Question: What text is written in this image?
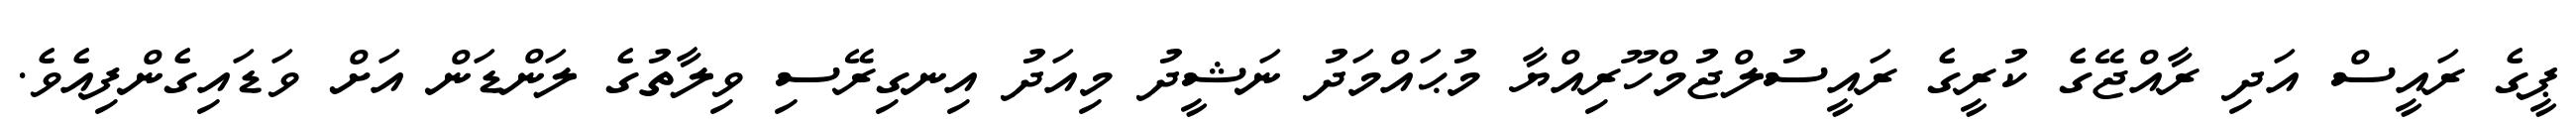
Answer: ޕީގެ ރައީސް އަދި ރާއްޖޭގެ ކުރީގެ ރައީސުލްޖުމްހޫރިއްޔާ މުޙައްމަދު ނަޝީދު މިއަދު އިނގިރޭސި ވިލާތުގެ ލަންޑަން އަށް ވަޑައިގެންފިއެވެ.